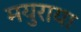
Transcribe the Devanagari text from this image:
मयुराया